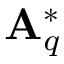
\mathbf { A } _ { q } ^ { * }